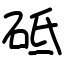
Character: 砥